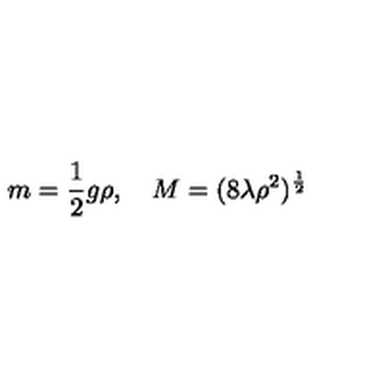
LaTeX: m = \frac 1 2 g \rho , \quad M = ( 8 \lambda \rho ^ { 2 } ) ^ { \frac 1 2 }